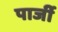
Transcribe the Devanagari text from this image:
पार्जी